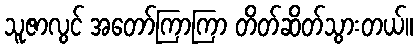
သူဇာလွင် အတော်ကြာကြာ တိတ်ဆိတ်သွားတယ်။